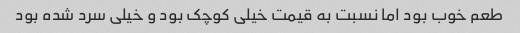
طعم خوب بود اما نسبت به قیمت خیلی کوچک بود و خیلی سرد شده بود